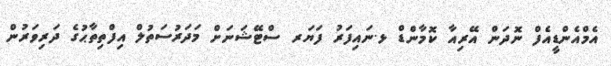
އެމްއެންޑީއެފް ނޮދަން އޭރިއާ ކޮމާންޑް ޅ.ނައިފަރު ފަޔަރ ސްޓޭޝަނަށް މަދަރުސަތުލް އިފްތިތާޙުގެ ދަރިވަރުން